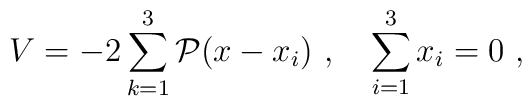
V = -2 \sum^3_{k=1} {\cal P} (x - x_i) \ ,\quad \sum^3_{i=1} x_i = 0 \ ,